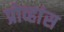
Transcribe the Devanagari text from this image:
प्रोव्हांस